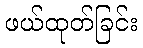
ဖယ်ထုတ်ခြင်း